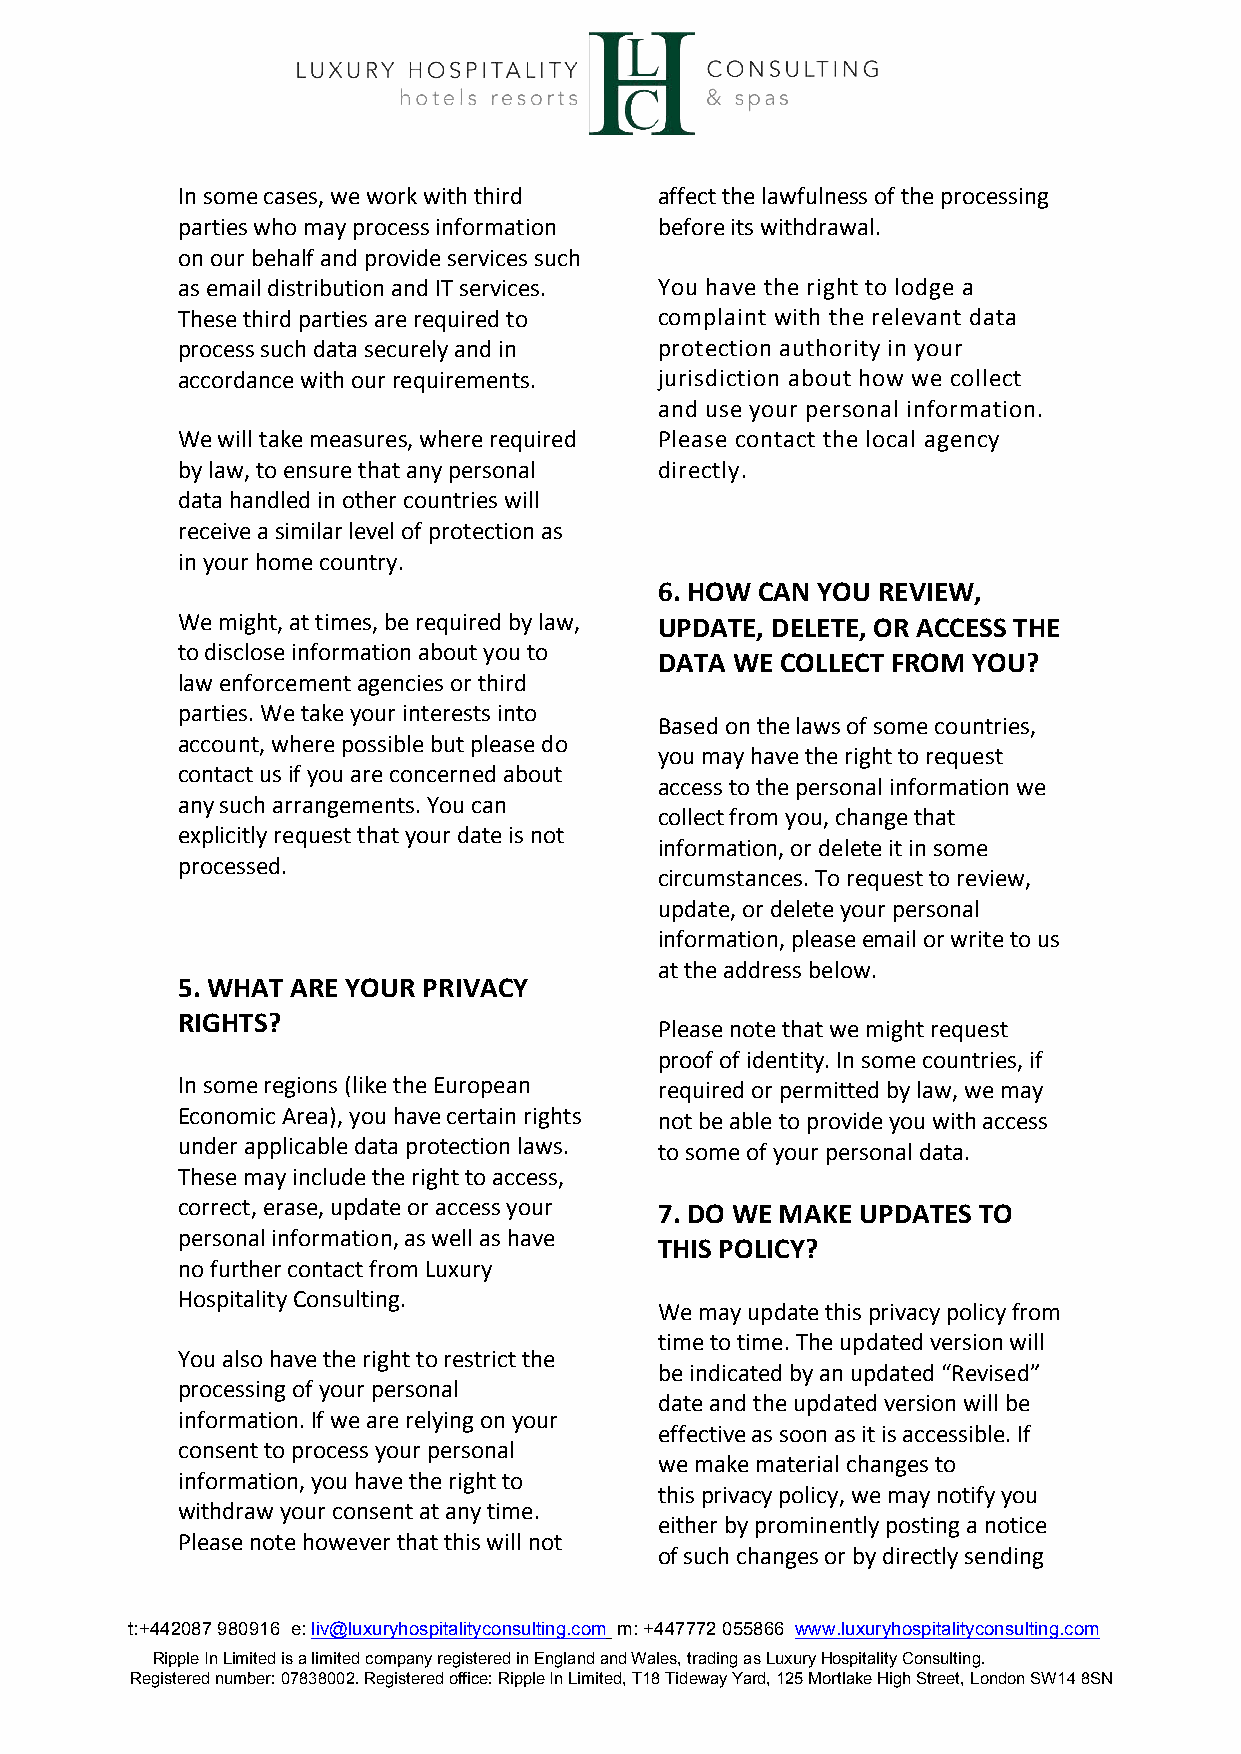
In some cases, we work with third affect the lawfulness of the processing
 parties who may process information before its withdrawal.
 on our behalf and provide services such
 as email distribution and IT services. You have the right to lodge a
 These third parties are required to complaint with the relevant data
 process such data securely and in protection authority in your
 accordance with our requirements. jurisdiction about how we collect
 and use your personal information.
 We will take measures, where required Please contact the local agency
 by law, to ensure that any personal directly.
 data handled in other countries will
 receive a similar level of protection as
 in your home country.
 6. HOW CAN YOU REVIEW,
 We might, at times, be required by law, UPDATE, DELETE, OR ACCESS THE
 to disclose information about you to
 DATA WE COLLECT FROM YOU?
 law enforcement agencies or third
 parties. We take your interests into
 Based on the laws of some countries,
 account, where possible but please do
 you may have the right to request
 contact us if you are concerned about
 access to the personal information we
 any such arrangements. You can
 collect from you, change that
 explicitly request that your date is not
 information, or delete it in some
 processed.
 circumstances. To request to review,
 update, or delete your personal
 information, please email or write to us
 at the address below.
 5. WHAT ARE YOUR PRIVACY
 RIGHTS?
 Please note that we might request
 proof of identity. In some countries, if
 In some regions (like the European required or permitted by law, we may
 Economic Area), you have certain rights not be able to provide you with access
 under applicable data protection laws. to some of your personal data.
 These may include the right to access,
 correct, erase, update or access your 7. DO WE MAKE UPDATES TO
 personal information, as well as have
 THIS POLICY?
 no further contact from Luxury
 Hospitality Consulting.
 We may update this privacy policy from
 time to time. The updated version will
 You also have the right to restrict the
 be indicated by an updated “Revised”
 processing of your personal
 date and the updated version will be
 information. If we are relying on your
 effective as soon as it is accessible. If
 consent to process your personal
 we make material changes to
 information, you have the right to
 this privacy policy, we may notify you
 withdraw your consent at any time.
 either by prominently posting a notice
 Please note however that this will not
 of such changes or by directly sending
 t:+442087 980916 e: liv@luxuryhospitalityconsulting.com m: +447772 055866 www.luxuryhospitalityconsulting.com
 Ripple In Limited is a limited company registered in England and Wales, trading as Luxury Hospitality Consulting.
 Registered number: 07838002. Registered office: Ripple In Limited, T18 Tideway Yard, 125 Mortlake High Street, London SW14 8SN